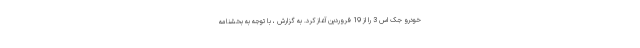
خودرو جک اس 3 را از 19 فروردین آغاز کرد. به گزارش ، با توجه به بخشنامه